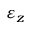
\varepsilon _ { z }